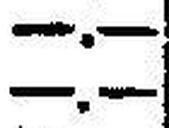
—.—